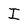
Character: I